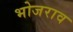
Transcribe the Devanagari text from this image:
भोजराव